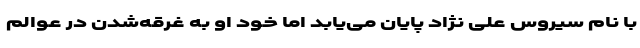
با نام سیروس علی نژاد پایان می‌یابد اما خود او به غرقه‌شدن در عوالم